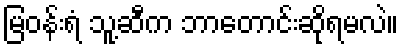
မြဝန်းရံ သူ့ဆီက ဘာတောင်းဆိုရမလဲ။